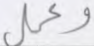
وعمل